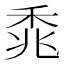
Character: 𫀰